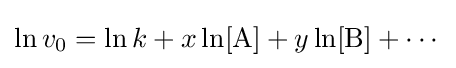
\ln v_{0}=\ln k+x\ln[{\ce {A}}]+y\ln[{\ce {B}}]+\cdots